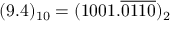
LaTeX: ( 9 . 4 ) _ { 1 0 } = ( 1 0 0 1 . { \overline { { 0 1 1 0 } } } ) _ { 2 }